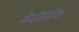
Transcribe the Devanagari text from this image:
वेदीसिंग